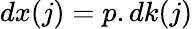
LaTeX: dx(j)=p.dk(j)